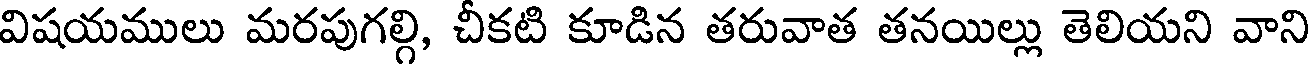
విషయములు మరపుగల్గి, చీకటి కూడిన తరువాత తనయిల్లు తెలియని వాని